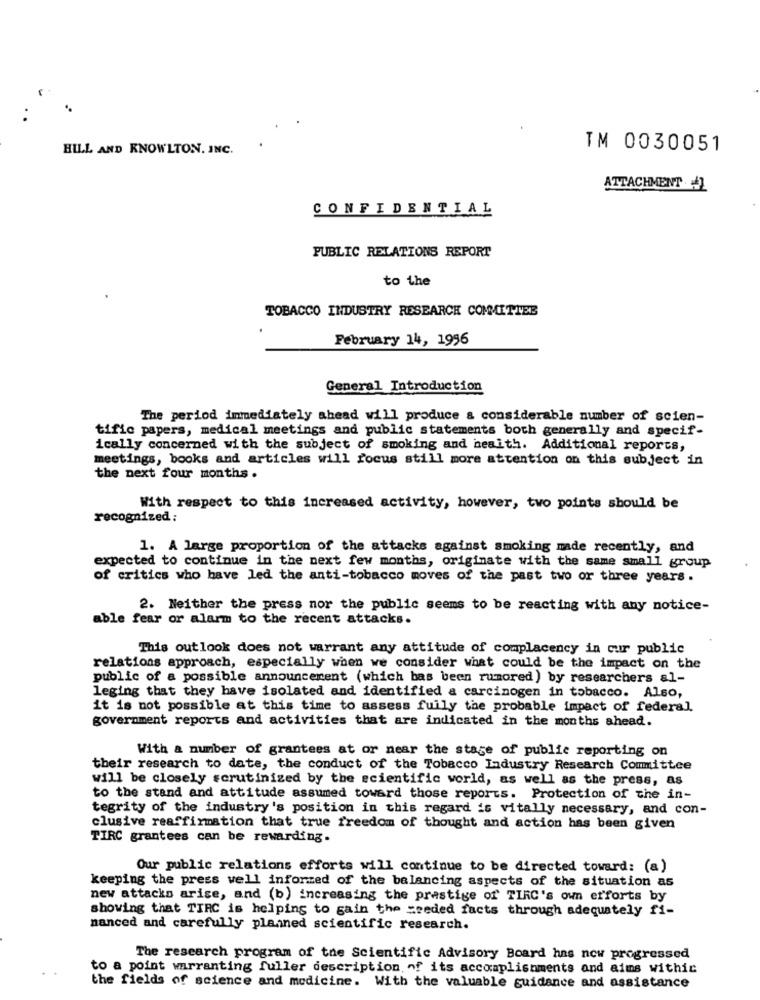
HILL AND KNOWLTON. INC.
TM 0030051
ATTACHMENT ]
CONFIDENTIAL
PUBLIC RELATIONS REPORT
to the
TOBACCO INDUSTRY RESEARCH COMMITTEE
February 14, 1996
General Introduction
The period immediately ahead will produce a considerable number of scien-
tific papers, medical meetings and public statements both generally and specif-
ically concerned with the subject of smoking and health. Additional reports,
meetings, books and articles will focus still more attention on this subject in
the next four months .
With respect to this increased activity, however, two points should be
recognized :
1. A large proportion of the attacks against smoking made recently, and
expected to continue in the next few months, originate with the same small group
of critics who have led the anti-tobacco moves of the past two or three years.
2. Neither the press nor the public seems to be reacting with any notice-
able fear or alarm to the recent attacks.
This outlook does not warrant any attitude of complacency in cur public
relations approach, especially when we consider what could be the impact on the
public of a possible announcement (which bas been rumored) by researchers al-
leging that they have isolated and identified a carcinogen in tobacco. Also,
it is not possible at this time to assess fuily the probable impact of federal
government reports and activities that are indicated in the months ahead.
With a number of grantees at or near the stage of public reporting on
their research to date, the conduct of the Tobacco Industry Research Committee
will be closely scrutinized by the scientific world, as well as the press, as
to the stand and attitude assumed toward those reports. Protection of the in-
tegrity of the industry's position in this regard is vitally necessary, and con-
clusive reaffirmation that true freedom of thought and action has been given
TIRC grantees can be rewarding.
Our public relations efforts will continue to be directed toward: (a)
keeping the press well informed of the balancing aspects of the situation as
new attacks arise, and (b) increasing the prestige of TIRC's own efforts by
showing that TIRC is helping to gain the =seded facts through adequately fi-
nanced and carefully planned scientific research.
The research program of the Scientific Advisory Board has now progressed
to a point warranting fuller description, of its accomplishments and aims withic
the fields of science and medicine. With the valuable guidance and assistance